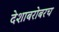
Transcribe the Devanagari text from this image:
देशाबरोबरच